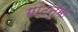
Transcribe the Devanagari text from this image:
गांठनुमा